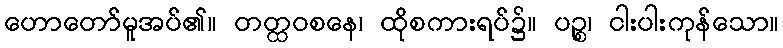
ဟောတော်မူအပ်၏။ တတ္ထဝစနေ၊ ထိုစကားရပ်၌။ ပဉ္စ၊ ငါးပါးကုန်သော။